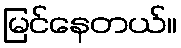
မြင်နေတယ်။